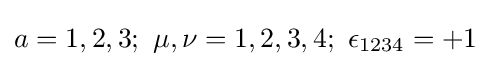
a=1,2,3;~\mu ,\nu =1,2,3,4;~\epsilon _{1234}=+1